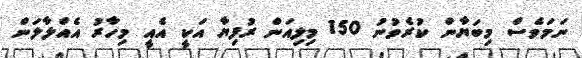
ނަމަވެސް މިބަޔާން ކުރެވުނު 150 މިލިއަން ރުފިޔާ އަކީ އެއީ މިހާރު އެއްލާލަން